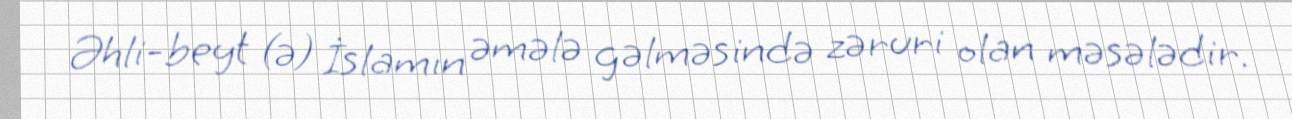
Əhli-beyt (ə) İslamın əmələ gəlməsində zəruri olan məsələdir.